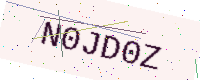
Text: N0JD0Z